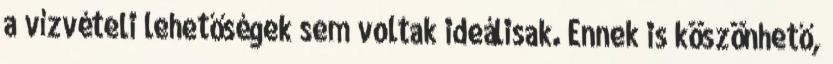
a vízvételi lehetőségek sem voltak ideálisak. Ennek is köszönhető,